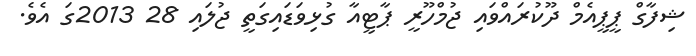
ޝިފާގް ޕީޕީއެމް ދޫކުރައްވައި ޖުމްހޫރީ ޕާޓީއާ ގުޅިވަޑައިގަތީ ޖުލައި 28 2013ގަ އެވެ.